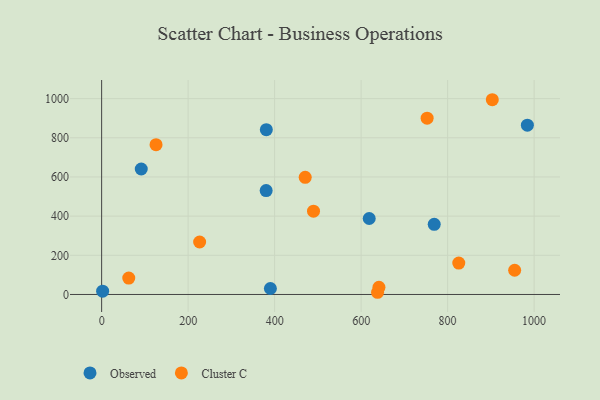
{"axis": {"x": "Study Hours", "y": "Exam Score"}, "legend": ["Cluster C", "Observed"], "data": [{"x": "618.7", "y": 387.9, "type": "Observed"}, {"x": "390.2", "y": 30.4, "type": "Observed"}, {"x": "380.8", "y": 841.3, "type": "Observed"}, {"x": "380.4", "y": 530.7, "type": "Observed"}, {"x": "91.6", "y": 640.5, "type": "Observed"}, {"x": "769.0", "y": 357.9, "type": "Observed"}, {"x": "984.4", "y": 864.3, "type": "Observed"}, {"x": "2.3", "y": 17.0, "type": "Observed"}, {"x": "825.8", "y": 160.4, "type": "Cluster C"}, {"x": "226.6", "y": 268.0, "type": "Cluster C"}, {"x": "62.7", "y": 83.9, "type": "Cluster C"}, {"x": "752.6", "y": 899.9, "type": "Cluster C"}, {"x": "641.2", "y": 36.7, "type": "Cluster C"}, {"x": "903.3", "y": 994.3, "type": "Cluster C"}, {"x": "489.9", "y": 425.3, "type": "Cluster C"}, {"x": "470.7", "y": 597.9, "type": "Cluster C"}, {"x": "638.0", "y": 11.2, "type": "Cluster C"}, {"x": "125.8", "y": 765.0, "type": "Cluster C"}, {"x": "955.0", "y": 123.6, "type": "Cluster C"}]}